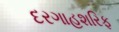
દરગાહશરિફ